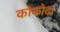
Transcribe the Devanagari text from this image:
कोकोदा